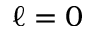
\ell = 0